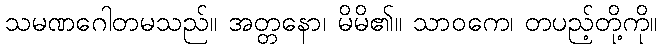
သမဏဂေါတမသည်။ အတ္တနော၊ မိမိ၏။ သာဝကေ၊ တပည့်တို့ကို။